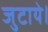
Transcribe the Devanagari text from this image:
जुटाये।